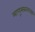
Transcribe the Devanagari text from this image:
माणूसबळाच्या